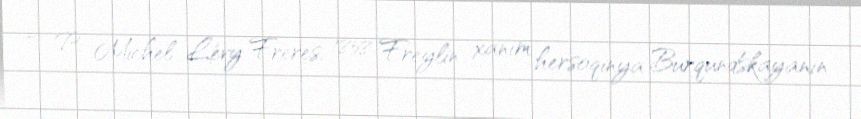
— P.: Michel Lévy Frères, 1858 Freylin xanım hersoqinya Burqundskayanın